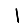
Digit: 1